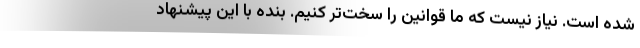
شده است. نیاز نیست که ما قوانین را سخت‌تر کنیم. بنده با این پیشنهاد